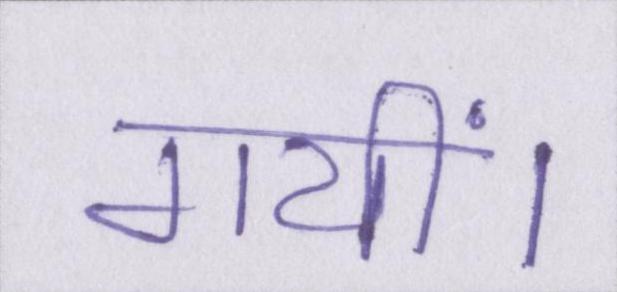
गयीं।